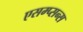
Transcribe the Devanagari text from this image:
एसम्प्सन्स